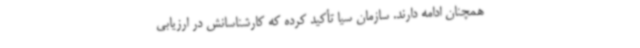
همچنان ادامه دارند. سازمان سیا تأکید کرده که کارشناسانش در ارزیابی